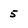
Character: 5